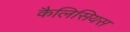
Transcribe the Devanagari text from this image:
कैलिसियस